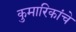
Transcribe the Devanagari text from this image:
कुमारिकांचे